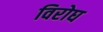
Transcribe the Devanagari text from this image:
विरोघ